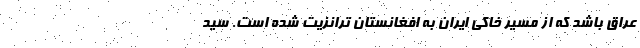
عراق باشد که از مسیر خاکی ایران به افغانستان ترانزیت شده است. سید